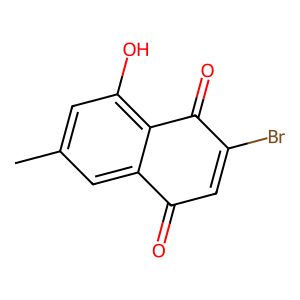
SMILES: Cc1cc(O)c2c(c1)C(=O)C=C(Br)C2=O
Inhibits HIV replication: No